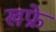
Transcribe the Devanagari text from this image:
खफ्रे